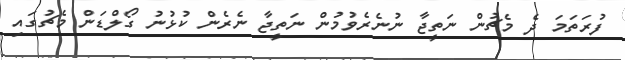
ފުރަތަމަ ދެ މެޗުން ނަތީޖާ ނުނެރެވުމުން ނަތީޖާ ނެރެން ކުޅުނު ގޯލްޑަން މެޗުގައި